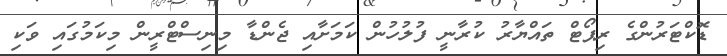
ޑޮކްޓަރުންގެ ރިޕޯޓް ތައްޔާރު ކުރާނީ ފުލުހުން ކަމަށާއި ޖެންޑާ މިނިސްޓްރީން މިކަމުގައި ވަކި